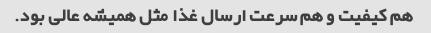
هم کیفیت و هم سرعت ارسال غذا مثل همیشه عالی بود.